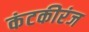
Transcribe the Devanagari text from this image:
कंटकीरंज